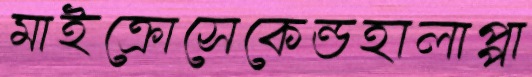
মাইক্রোসেকেন্ডহালাপ্পা